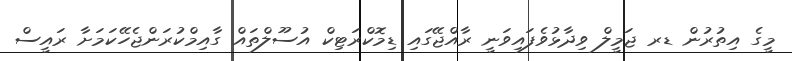
މީގެ އިތުުރުން ޑރ ޖަމީލް ވިދާޅުވެފައިވަނީ ރާއްޖޭގައި ޑިމޮކްރަޓިކް އުސޫލްތައް ގާއިމްކުރަންޖެހޭކަމަށާ ރައީސް